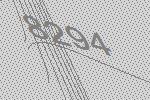
8294